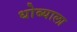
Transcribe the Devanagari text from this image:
धोब्याला